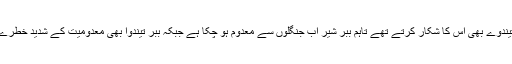
ببر شیر اور ببر تیندوے بھی اس کا شکار کرتے تھے تاہم ببر شیر اب جنگلوں سے معدوم ہو چکا ہے جبکہ ببر تیندوا بھی معدومیت کے شدید خطرے سے دوچار ہے۔